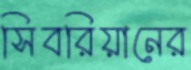
সিবরিয়ানের